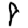
Digit: 8